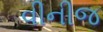
વીનીજ